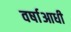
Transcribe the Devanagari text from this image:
वर्षाआधी